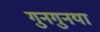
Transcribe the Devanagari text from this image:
गुनगुनया